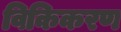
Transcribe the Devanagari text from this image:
विकिकरण